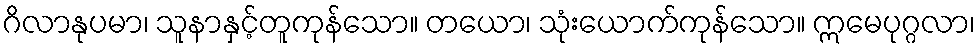
ဂိလာနုပမာ၊ သူနာနှင့်တူကုန်သော။ တယော၊ သုံးယောက်ကုန်သော။ ဣမေပုဂ္ဂလာ၊